[Report on the health of British troops in the Madras command]
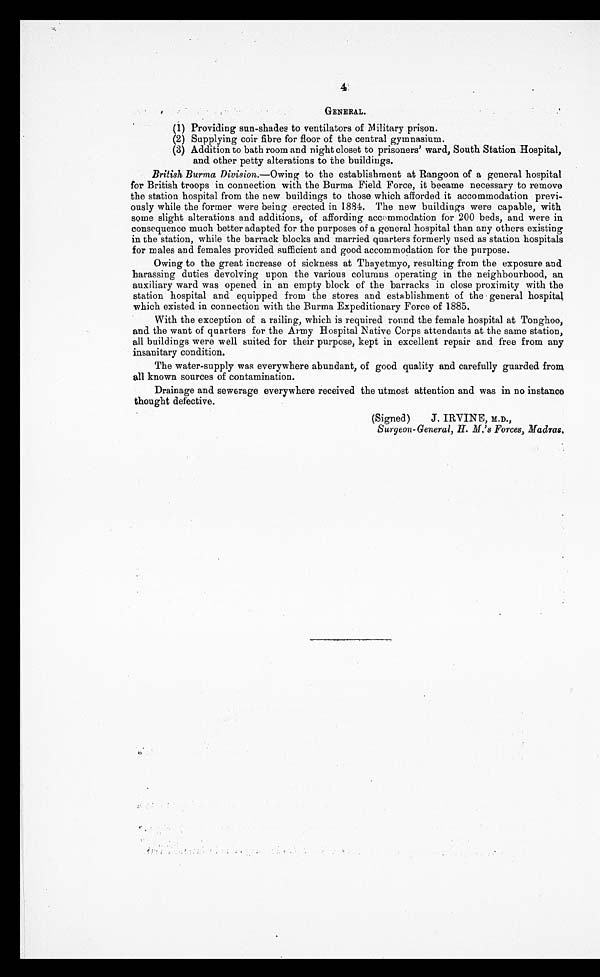
GENERAL.
(1) Providing sun-shades to ventilators of Military prison.
(2) Supplying coir fibre for floor of the central gymnasium.
(3) Addition to bath room and night closet to prisoners' ward, South Station Hospital,
and other petty alterations to the buildings.
British Burma Division.—Owing to the establishment at Rangoon of a general hospital
for British troops in connection with the Burma Field Force, it became necessary to remove
the station hospital from the new buildings to those which afforded it accommodation previ
-ously while the former were being erected in 1884. The new buildings were capable, with
same slight alterations and additions, of affording accommodation for 200 beds, and were in
consequence much better adapted for the purposes of a general hospital than any others existing
in the station, while the barrack blocks and married quarters formerly used as station hospitals
for males and females provided sufficient and good accommodation for the purpose.
Owing to the great increase of sickness at Thayetmyo, resulting from the exposure and
harassing duties devolving upon the various columns operating in the neighbourhood, an
auxiliary ward was opened in an empty block of the barracks in close proximity with the
station hospital and equipped from the stores and establishment of the general hospital
which existed in connection with the Burma Expeditionary Force of 1885.
With the exception of a railing, which is required round the female hospital at Tonghoo,
and the want of quarters for the Army Hospital Native Corps attendants at the same station,
all buildings were well suited for their purpose, kept in excellent repair and free from any
insanitary condition.
The water-supply was everywhere abundant, of good quality and carefully guarded from
all known sources of contamination.
Drainage and sewerage everywhere received the utmost attention and was in no instance
thought defective.
(Signed)
J. IRVINE, M.D.,
Surgeon-General, H. M.' s Forces, Madras.